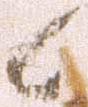
候